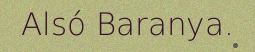
Alsó Baranya.